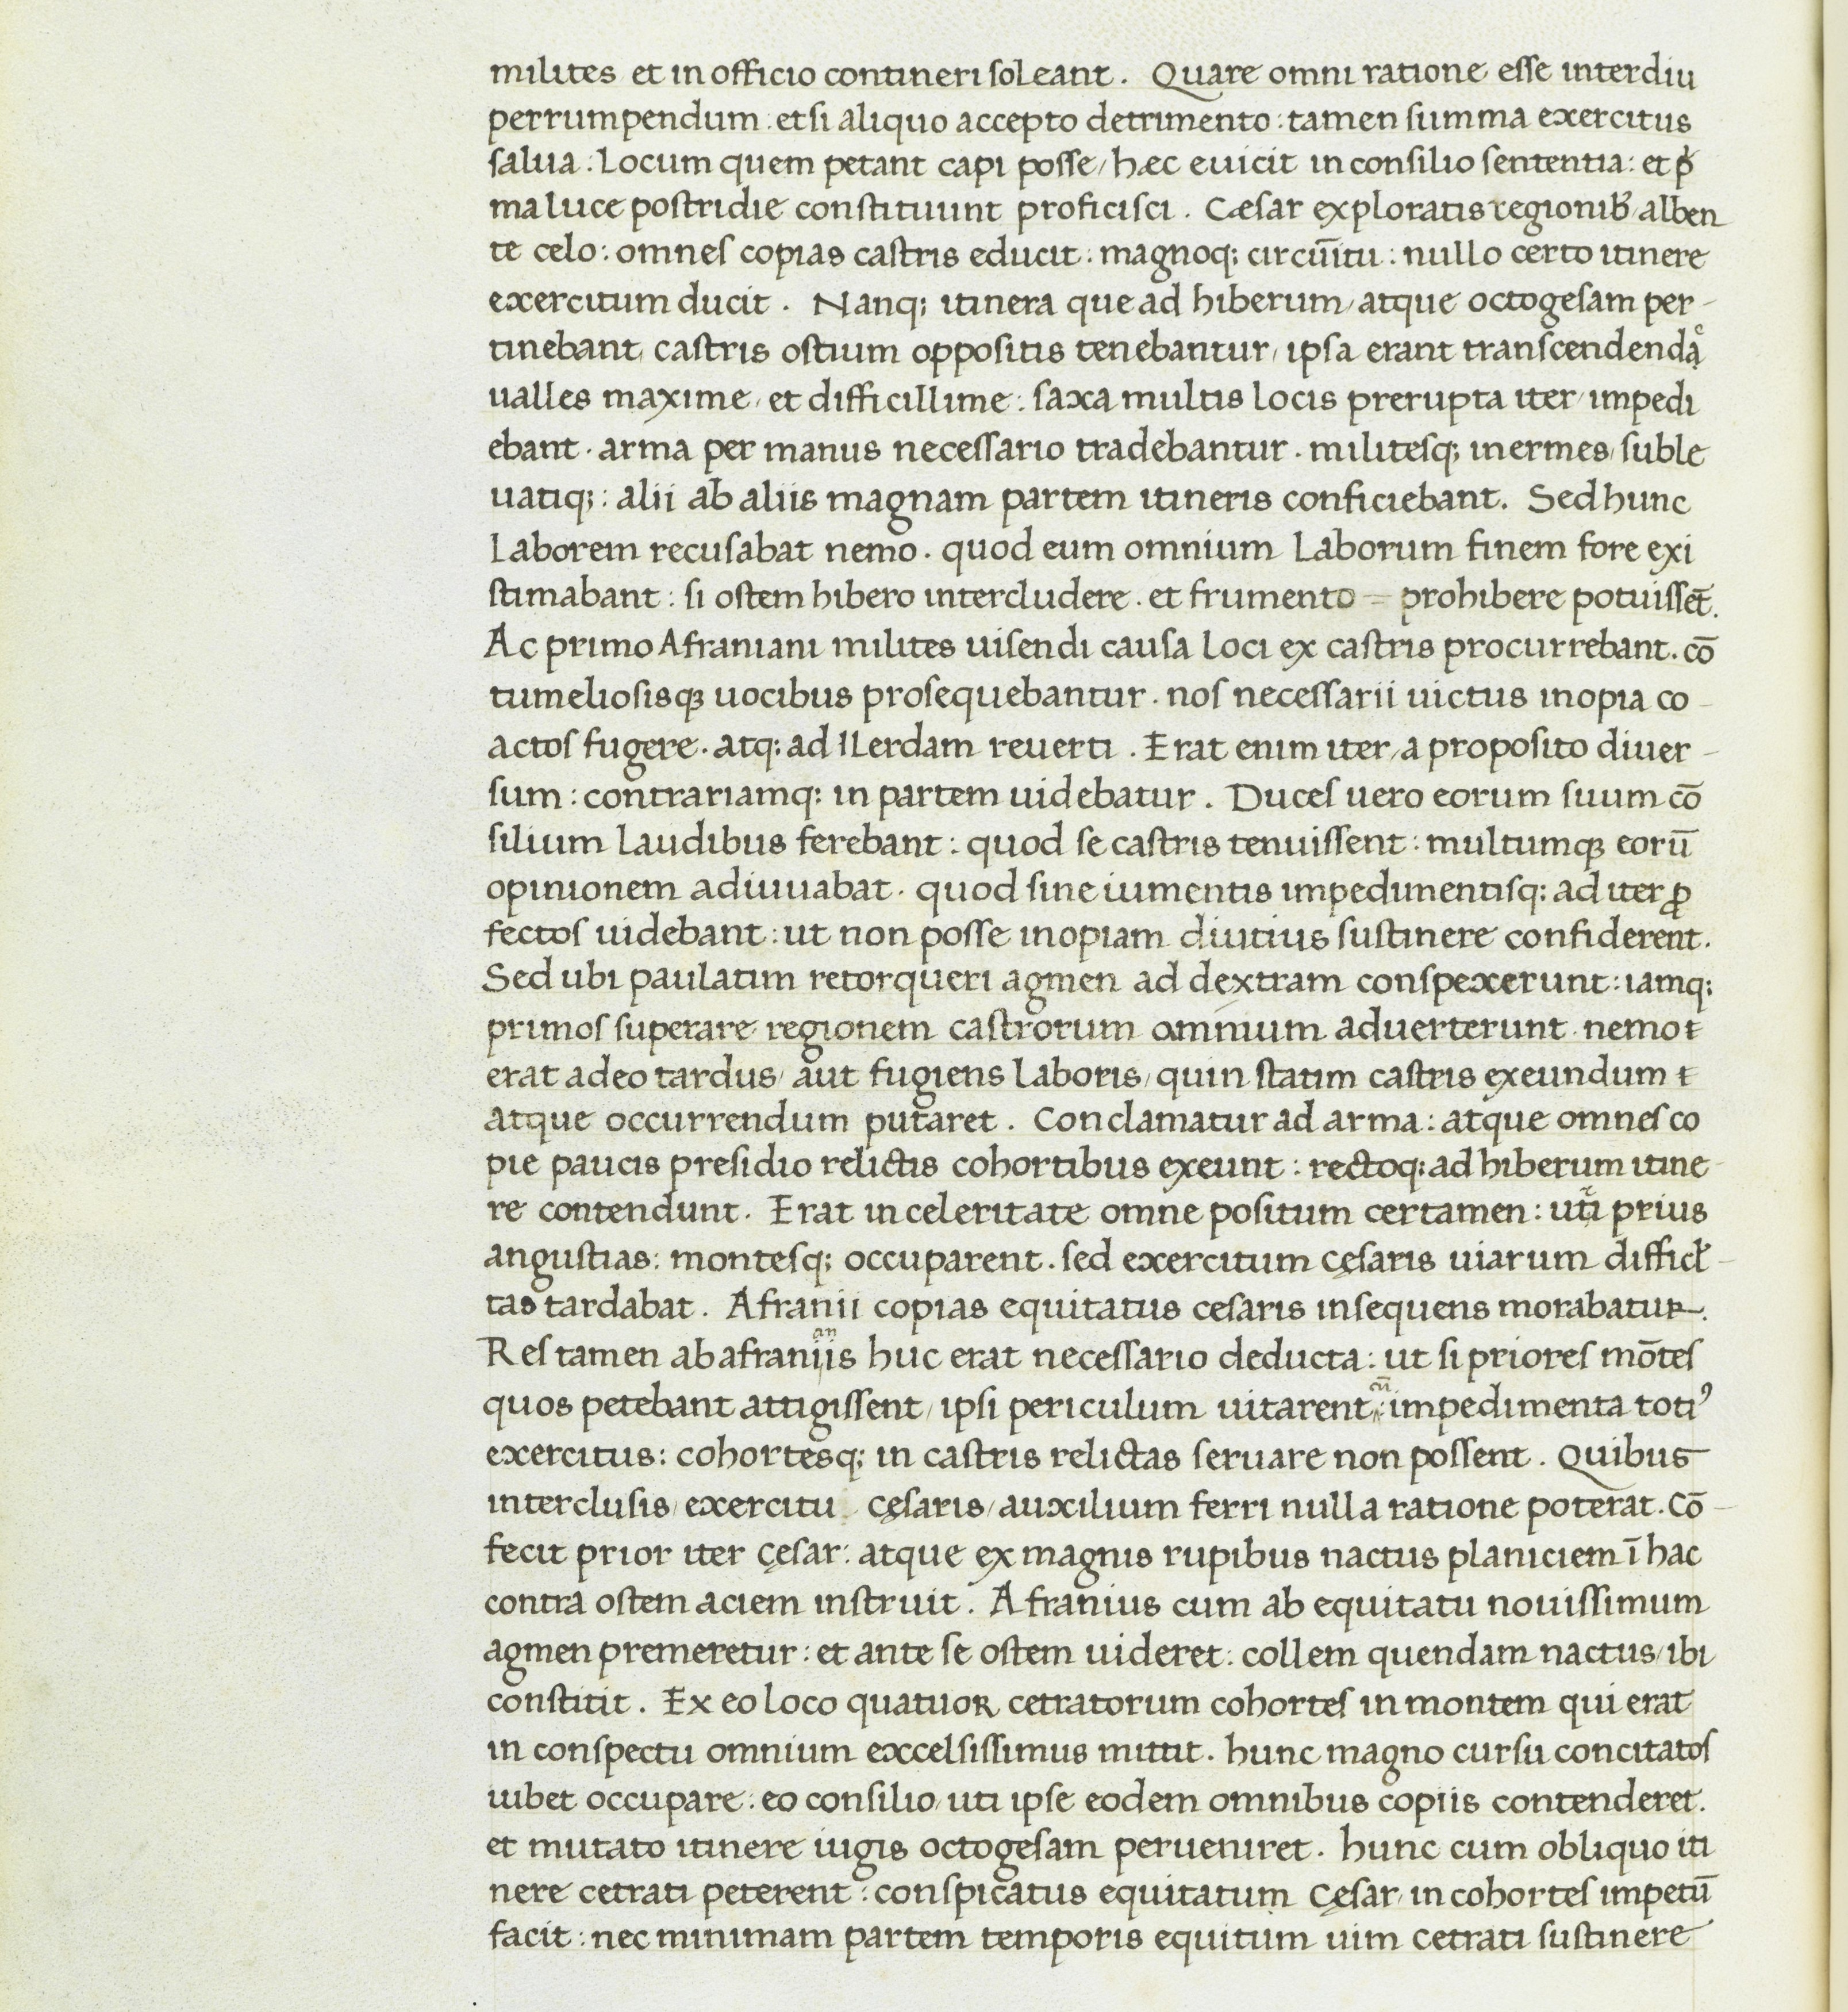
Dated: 1400–1499